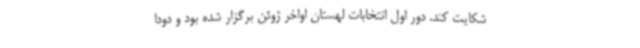
شکایت کند. دور اول انتخابات لهستان اواخر ژوئن برگزار شده بود و دودا